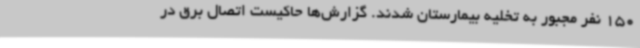
150 نفر مجبور به تخلیه بیمارستان شدند. گزارش‌ها حاکیست اتصال برق در